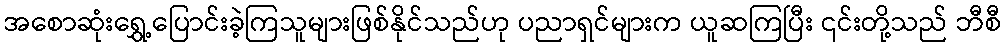
အစောဆုံးရွှေ့ပြောင်းခဲ့ကြသူများဖြစ်နိုင်သည်ဟု ပညာရှင်များက ယူဆကြပြီး ၎င်းတို့သည် ဘီစီ